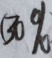
( 3 0 \%